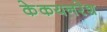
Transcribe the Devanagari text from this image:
केकयनरेश